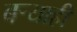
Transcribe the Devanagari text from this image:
बर्‍याही